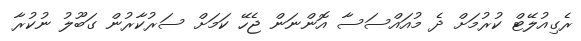
ރެގިއުލޭޓް ކުރުމަށް ދެ މުއައްސަސާ އޮންނަން ޖެހޭ ކަމަށް ސަރުކާރުން ގަބޫލު ނުކުރާ